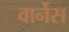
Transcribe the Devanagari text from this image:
वार्नेस